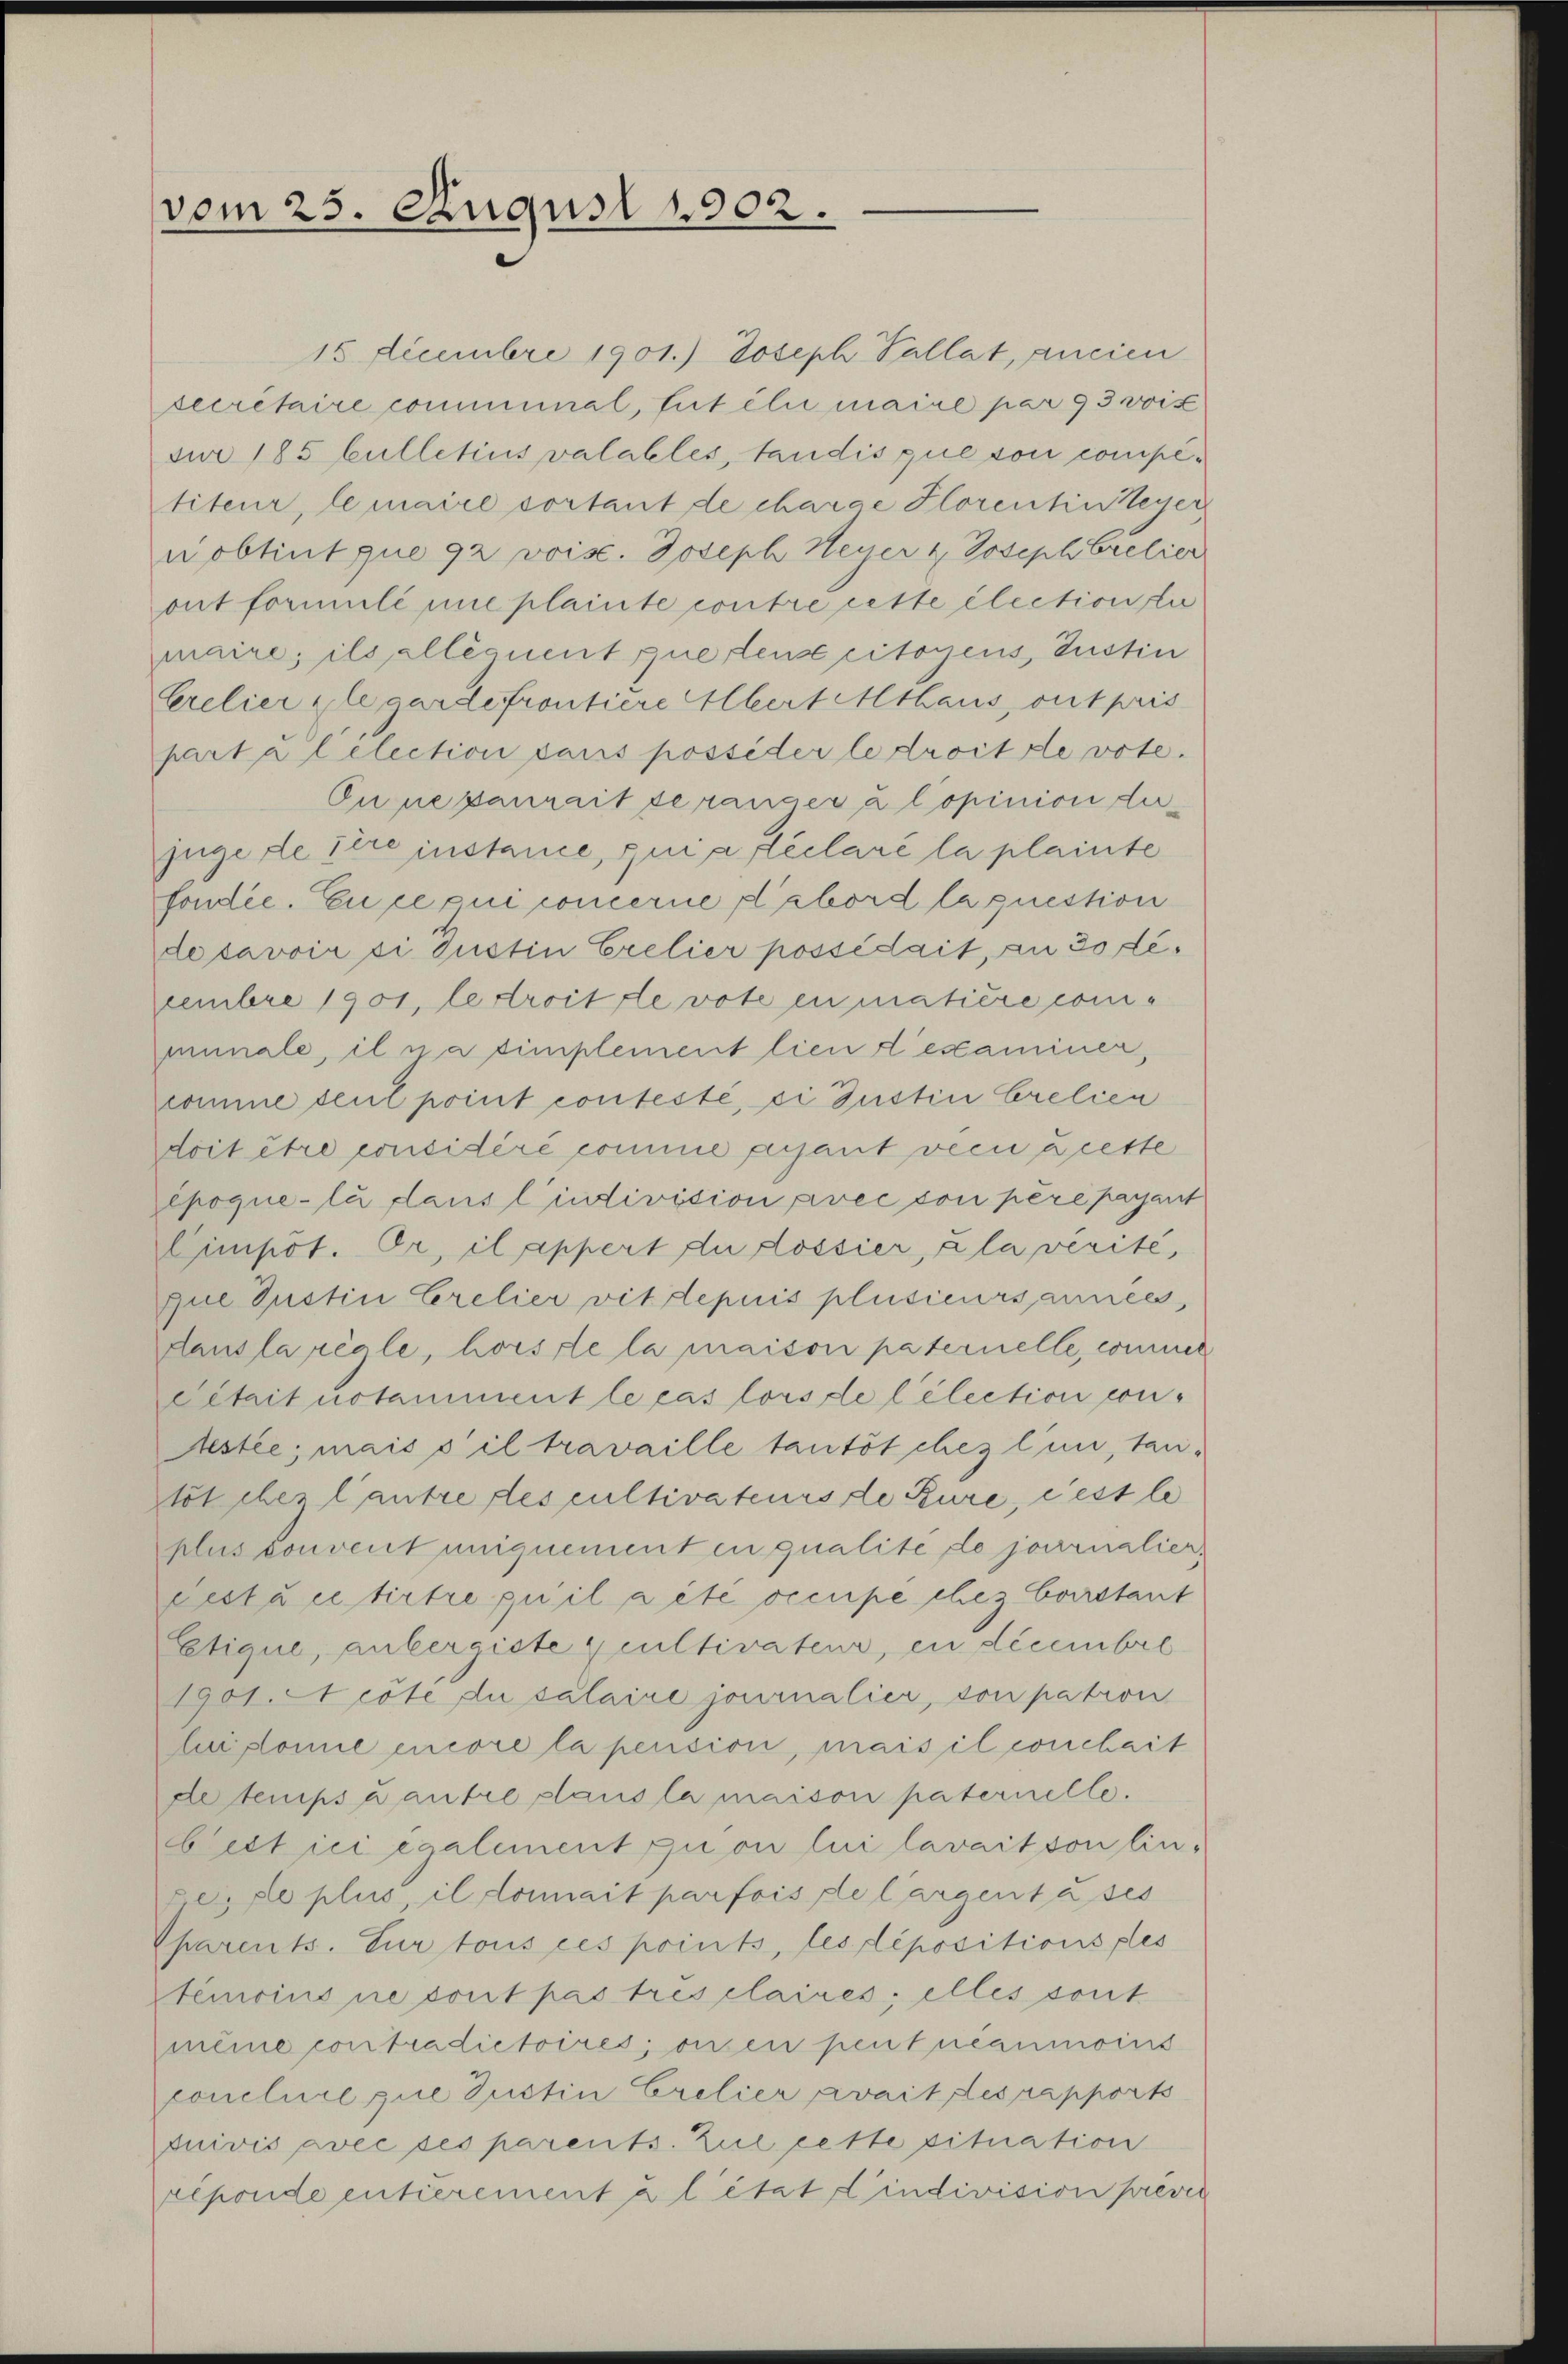
vom 25. August 1902.

15 Decembre 1901.) Joseph Pallat, ancien
secretaire comminal, tutélie maial par 93 wis
sir 185 bulletius valables, tandis que von competiteur, le maire sortant de charge Florentin teuer
nobtint que 92 voise. Joseph Neuer & Joseph Cretier
ont formulé une plainte contre cette élection ste
maire; ils alléquent que ten citoyens, Justin
Crelier legardefrontiere Albert Mthaus, out pris
partal election dans possider le droite vote.
On negaurait seranger à lopinion der
juge de ihre instance, qui a déclaré la plainte
fondée. En ce qui concerne d’abord laquestion
desavoir si Justin Crelier possédait, an do deeembre 1901, le droit devote en matière comminale, il na simplement lieu d’examiner,
comme seul point contesté, si Justin Cretien
doit être considéré comme ayant vom Brette
epoque-lu dans l’indivision avec son père payant
Cimpôt. Er, il appert du dossier, à la vérité,
que Justin Crelier vit depuis plusieurs années,
dans la réale, hors de la maison paternelle, commer
Citzit notamment le cas lors de l’élection con-
Nestée; mais s’il travaille tautöt chez lum, tanstölches l’autre des cultivateurs de Rure, c est le
plus convent uniquement en qualité de journalien-
cestà ce titre qu’il aite occupé chez Corstant
Estique, anbergiste peultivateur, en décembre
1901. A cöte du salaire journalier, son pation
lui domie encore la pension, mais il conchait
de temps u autre plans la maison paternelle.
Pertici également quoi lui lavait von linpes de plus, il donnait parfois de largent à ses
Charents. Zur tous ces points, les dépositionsples
Stencius ne sont pas tres claires; elles sont
meine contradictoires; on en peut néanmoins
conclure que Justin Crelier avait des rapports
duivis avec ses parents. Zul cette situation
réponde entierement à l’état Kindivision prever